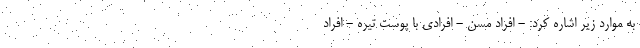
به موارد زیر اشاره کرد: - افراد مسن - افرادی با پوست تیره - افراد